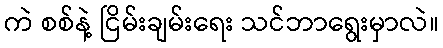
ကဲ စစ်နဲ့ ငြိမ်းချမ်းရေး သင်ဘာရွေးမှာလဲ။